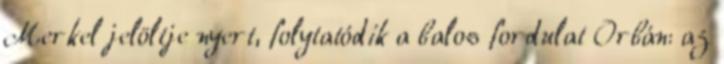
Merkel jelöltje nyert, folytatódik a balos fordulat Orbán: az